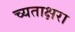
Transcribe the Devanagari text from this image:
च्यताक्षरा